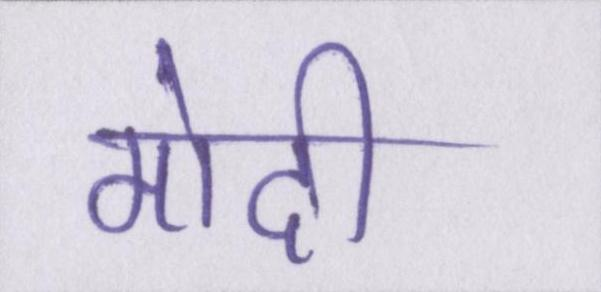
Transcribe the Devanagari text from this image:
मोदी